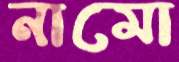
নামো